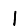
Digit: 1